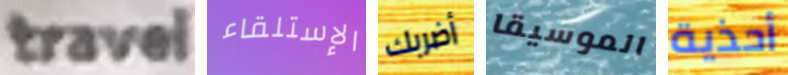
travel الإستلقاء أضربك الموسيقا أحذية